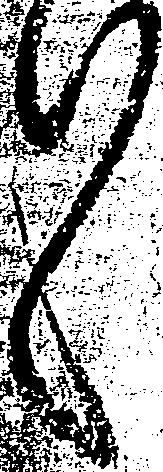
々